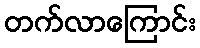
တက်လာကြောင်း